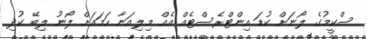
ސްކީމުގެ ލޯނަށް ކުޑަ އިންޓްރެސްޓެއް އެއް މިލިއަނާ ހަމައަށް ލޯނު ލިބޭ ކުދި